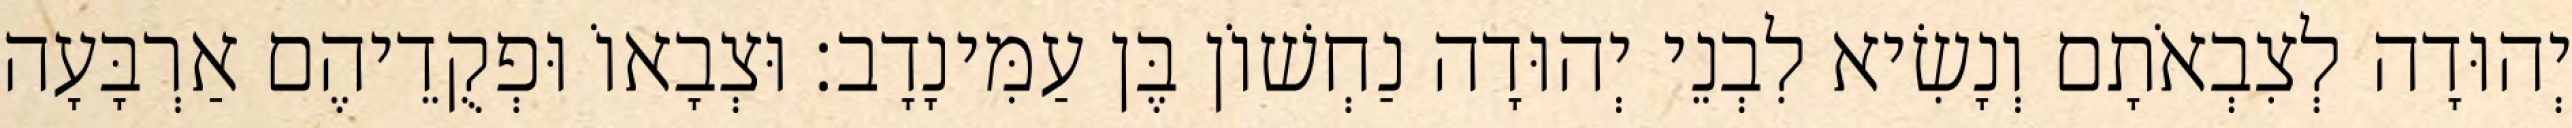
יְהוּדָה לְצִבְאֹתָם וְנָשִׂיא לִבְנֵי יְהוּדָה נַחְשׁוֹן בֶּן עַמִּינָדָב׃ וּצְבָאוֹ וּפְקֻדֵיהֶם אַרְבָּעָה